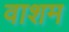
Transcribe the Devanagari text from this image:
वाशम